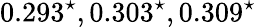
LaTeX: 0.293^{\star},0.303^{\star},0.309^{\star}